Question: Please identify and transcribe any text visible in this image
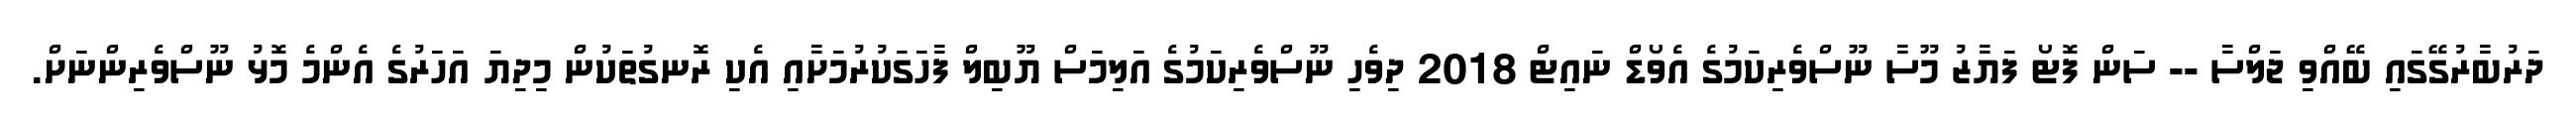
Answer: ދަރުބާރުގޭގައި ބޭއްވި ޖަލްސާ -- ސަން ފޮޓޯ ފަޔާޒު މޫސާ ނޫސްވެރިކަމުގެ އެވޯޑް ނައިޓް 2018 ދިވެހި ނޫސްވެރިކަމުގެ އަލިމަސް ޔޫބިލް ފާހަގަކުރުމަށާއި އެކި ރޮނގުތަކުން މިދިޔަ އަހަރުގެ އެންމެ މޮޅު ނޫސްވެރިންނަށް.